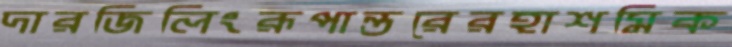
দারজিলিংরূপান্তরেরহাশমিক